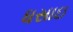
ધસાઇ